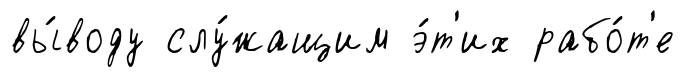
вы́воду слу́жащим э́т'их рабо́т'е